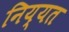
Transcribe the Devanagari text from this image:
निय्यत